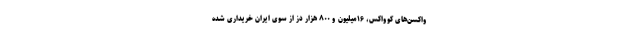
واکسن‌های کوواکس، ۱۶میلیون و ۸۰۰ هزار دز از سوی ایران خریداری شده